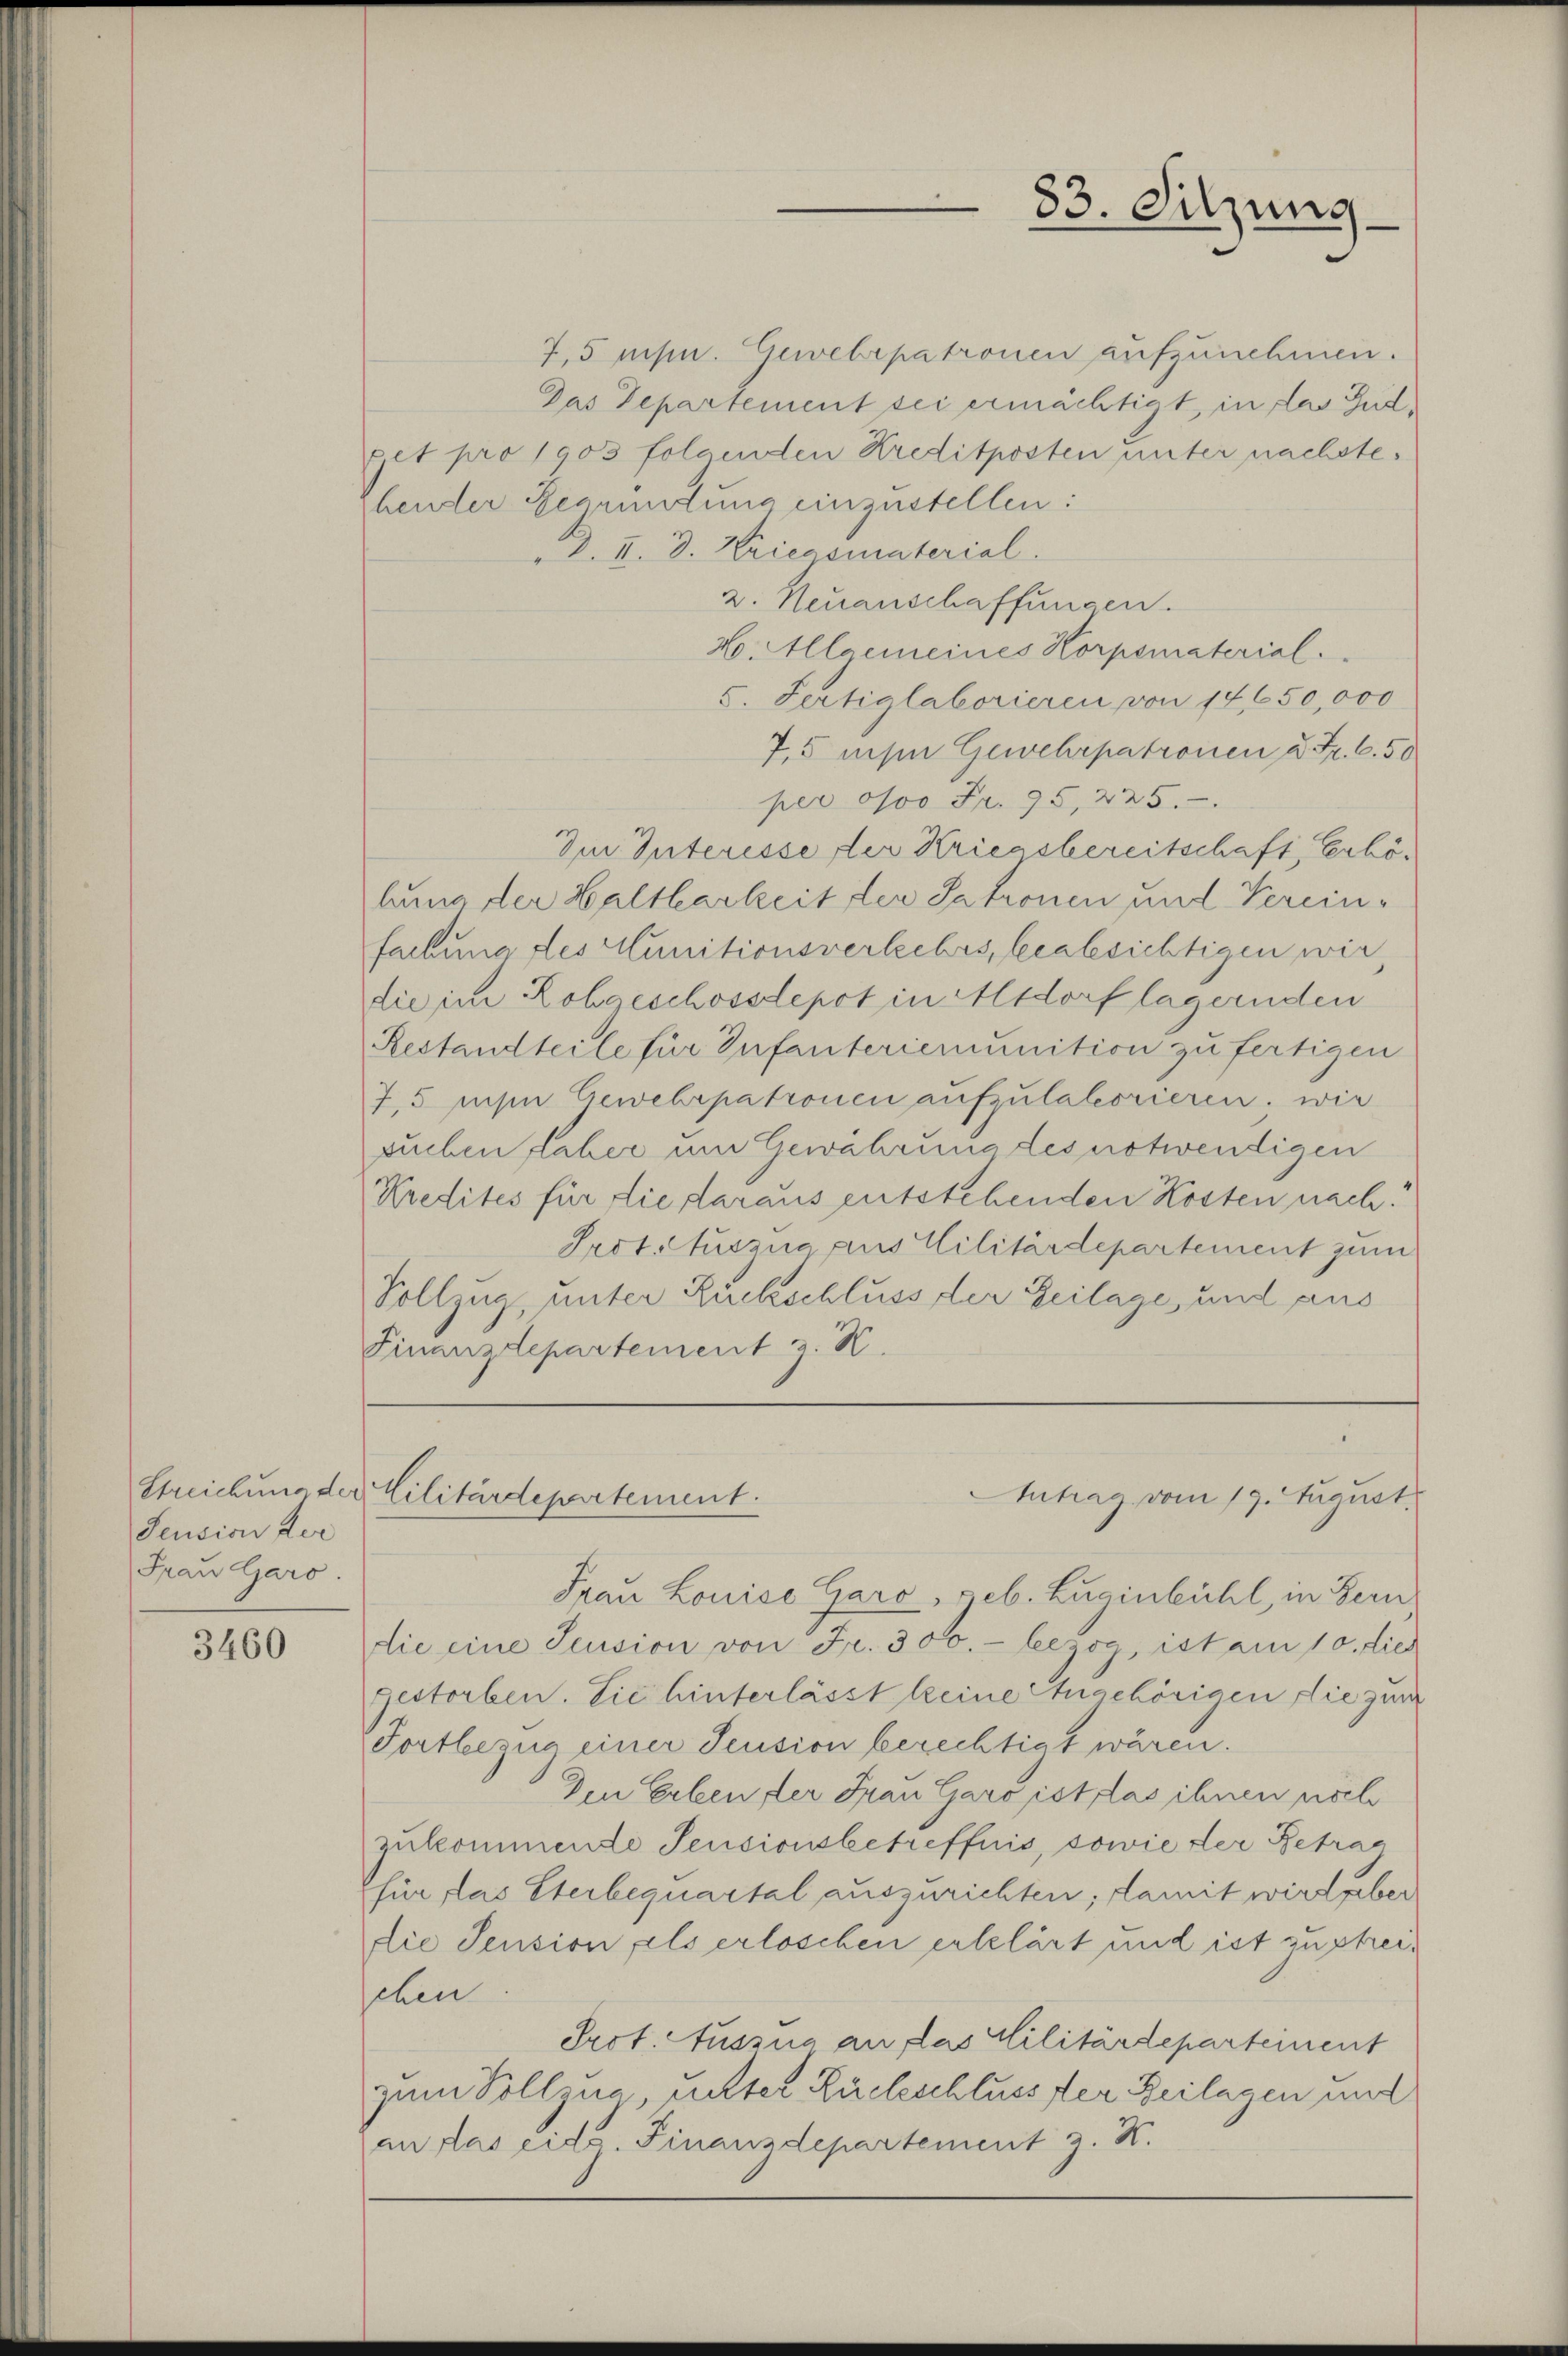
Streichung der
Seusion der
Frau Garo.

3460

7,5 mis. Gewehrpatronen aufzunehmen.
Das Departement sei ermächtigt, in das Gudget pro 1903 folgenden Kreditposten unter nachstehender gegründung einzustellen:
d. II. d. Kriegsmaterial.
2. Neuanschaffungen.
H. Allgemeines Korpsmaterial.
5. Fertiglaborieren von 14650,000
7,5 mise Gewehrpatronen u. Fr. 6.50
per oso Fr. 95, 225.
Im Interesse der Kriegsbereitschaft, Erhöbung der Haltbarkeit der Satronen und Vereinfachung des Munitionsverkehrs, beabsichtigen wir
die im Rohgeschossdepot in Altdorf lagernden
Restandteile für Infanteriemunition zu fertigen
7,5 mchen Gewehrpatronen aufzulaborieren. wir
sueben daher um Gewahrung des notwendigen
Kredites für die daraus entstehenden Kosten nach.
Srot. Auszua aus Militärdepartement zum
Vollzug, unter Rückschluss der Zeilage, und aus
Finanzdepartement z. K.

83. Silzuns

Lilitärdepartement.
Intrag vom 19. August.

Frau Louise Garo, geb. Zuginbühl, in Bern
die eine Seusion von Fr. 300.- bezog, ist am 10. dies
gestorben. Sie hinterlässt keine Angehörigen die zum
Fortbezug einer Feusion berechtigt wären.
Den Erben der Frau Garo ist, las ihnen nich
zukommende Sensionsbetreffnis, sowie der Betrag
für las Sterbequartal auszurichten; damit wird aber
die Pension als erloschen erklärt und ist zu streichen.
Prot. Auszug an das Militärdeparteinent
zum Vollzug, unter Rückschluss der Beilagen und
an das eid. Finanzdepartement z. K.